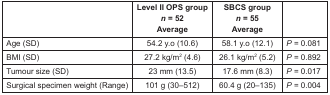
|  | Level II OPS group n = 52 Average | SBCS group n = 55 Average |  |
 | --- | --- | --- | --- |
 | Age (SD) | 54.2 y.o (10.6) | 58.1 y.o (12.1) | P = 0.081 |
 | BMI (SD) | 27.2 kg/m2 (4.6) | 26.1 kg/m2 (5.2) | P = 0.892 |
 | Tumour size (SD) | 23 mm (13.5) | 17.6 mm (8.3) | P = 0.017 |
 | Surgical specimen weight (Range) | 101 g (30–512) | 60.4 g (20–135) | P = 0.004 |